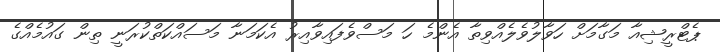
ޕެޓްރީޝިއާ މަގާމަށް ހަވާލުވެލެއްވިތާ އެންމެ ހަ މަސްވެފައިވާއިރު އެކަމަނާ މަސައްކަތްކުރަނީ ތިން ގައުމެއްގެ